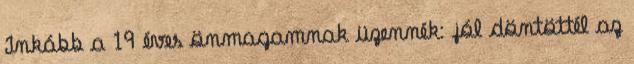
Inkább a 19 éves önmagamnak üzennék: jól döntöttél az